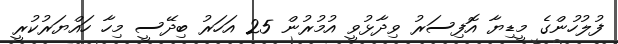
ފުލުހުންގެ މީޑިޔާ އޮފިސަރު ވިދާޅުވީ އުމުރުން 25 އަހަރު ބިދޭސީ މިހާ ހައްޔަރުކުރީ